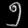
Digit: ၅